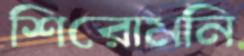
শিরোমনি